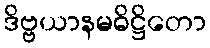
ဒိဗ္ဗယာနမဓိဋ္ဌိတော